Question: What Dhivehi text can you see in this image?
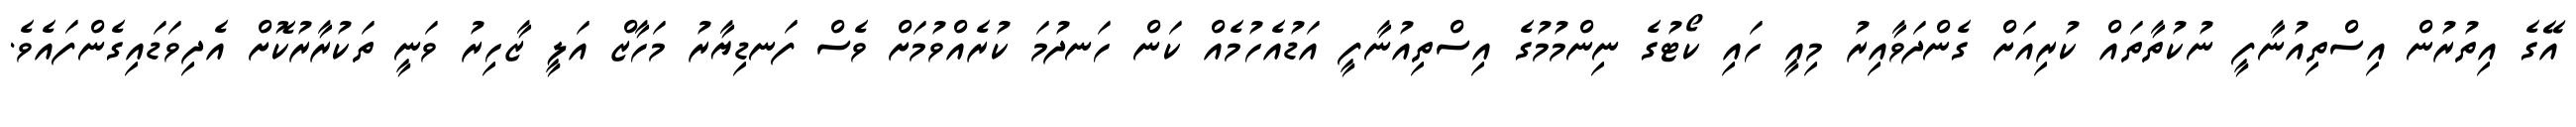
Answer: އޭގެ އިތުރުން އިސްތިއުނާފީ ނުކުތާތައް ކުރިއަށް ގެންދަވާއިރު މިއީ ހައި ކޯޓުގެ ނިންމުމުގެ އިސްތިއުނާފީ އަޑުއެހުމެއް ކަން ހަނދުމަ ކުރެއްވުމަށް ވެސް ފަނޑިޔާރު މަހާޒް އަލީ ޒާހިރު ވަނީ ތަކުރާރުކޮށް އެދިވަޑައިގެންފައެވެ.